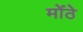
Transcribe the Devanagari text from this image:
मोंठे